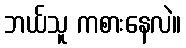
ဘယ်သူ ကစားနေလဲ။